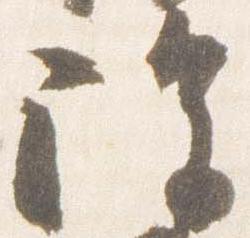
陀